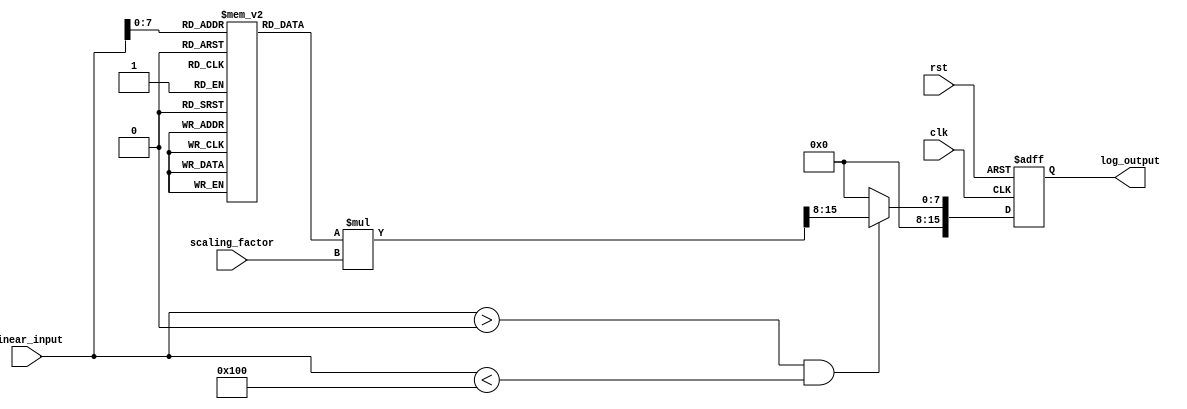
module LogarithmicScalingCircuit (
    input wire [15:0] linear_input, // 16-bit linear input
    input wire [7:0] scaling_factor, // 8-bit scaling factor
    input wire clk, // Clock signal
    input wire rst, // Reset signal
    output reg [15:0] log_output // 16-bit logarithmic output
);

    // Logarithm lookup table for values from 1 to 255
    reg [15:0] log_lut [0:255];
    
    initial begin
        // Precompute logarithm values (base 2) for inputs 1 to 255
        // log_lut[0] is unused, as log(0) is undefined.
        log_lut[1] = 0;   // log2(1) = 0
        log_lut[2] = 1;   // log2(2) = 1
        log_lut[3] = 2;   // log2(3)  1.585
        log_lut[4] = 3;   // log2(4) = 2
        log_lut[5] = 4;   // log2(5)  2.322
        log_lut[6] = 4;   // log2(6)  2.585
        // Continue filling in the lookup table...
        // For brevity, only a few values are shown here.
        log_lut[255] = 8; // log2(255)  7.988
    end

    always @(posedge clk or posedge rst) begin
        if (rst) begin
            log_output <= 0;
        end else begin
            if (linear_input > 0 && linear_input < 256) begin
                // Lookup logarithm value and scale it
                log_output <= (log_lut[linear_input] * scaling_factor) >> 8; // Apply scaling
            end else begin
                log_output <= 0; // Handle out of range input
            end
        end
    end

endmodule